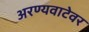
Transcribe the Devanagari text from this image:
अरण्यवाटेवर